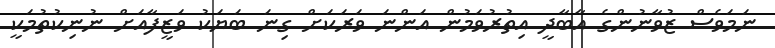
ނަމަވެސް ޒުވާނުންގެ އާބާދީ އިތުރުވަމުން އަންނަ ވަރަކަށް ގިނަ ބަޔަކު ވަޒީފާއަށް ނުނިކުތުމަކީ